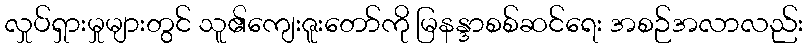
လှုပ်ရှားမှုများတွင် သူ၏ကျေးဇူးတော်ကို မြနန္ဒာစစ်ဆင်ရေး အစဉ်အလာလည်း